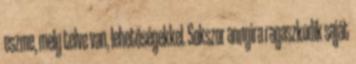
eszme, mely telve van, lehetőségekkel. Sokszor annyira ragaszkodik saját